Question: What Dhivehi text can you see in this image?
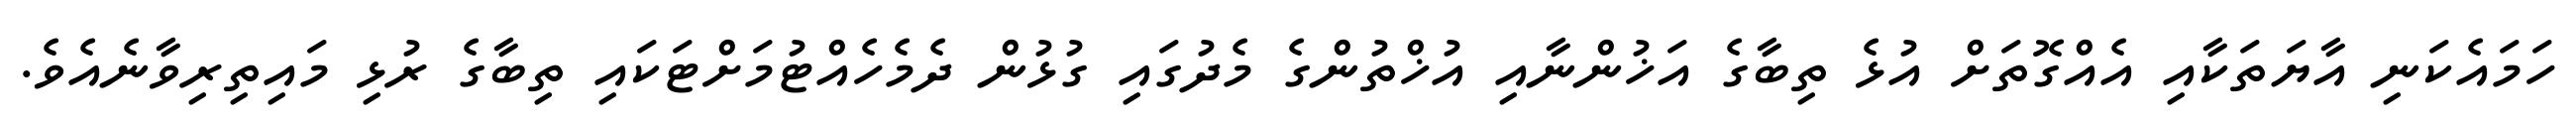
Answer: ހަމައެކަނި އާޔަތަކާއި އެއްގޮތަށް އުޅެ ތިބާގެ އަޚުންނާއި އުޚްތުންގެ މެދުގައި ގުޅުން ދެމެހެއްޓުމަށްޓަކައި ތިބާގެ ރުޅި މައިތިރިވާނެއެވެ.